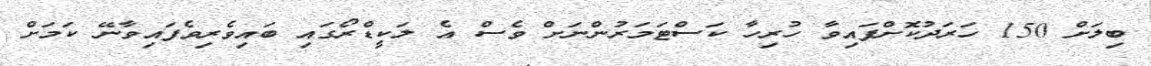
ބިލަށް 150 ހަރަދުކޮށްފައިވާ ހުރިހާ ކަސްޓަމަރުންނަށް ވެސް އެ ލަކީޑްރޯގައި ބައިވެރިވެފައިވާނޭ ކަމަށް